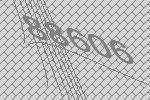
88606